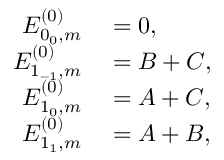
\begin{array} { r l } { E _ { 0 _ { 0 } , m } ^ { ( 0 ) } } & { { } = 0 , } \\ { E _ { 1 _ { - 1 } , m } ^ { ( 0 ) } } & { { } = B + C , } \\ { E _ { 1 _ { 0 } , m } ^ { ( 0 ) } } & { { } = A + C , } \\ { E _ { 1 _ { 1 } , m } ^ { ( 0 ) } } & { { } = A + B , } \end{array}